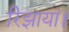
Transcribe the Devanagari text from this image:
रिझाया।